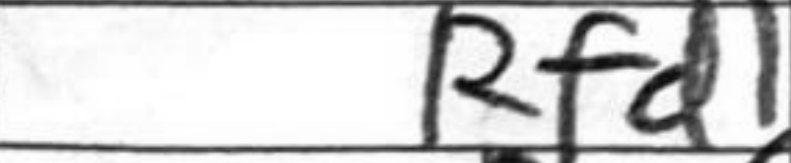
Transcription: Rfd1